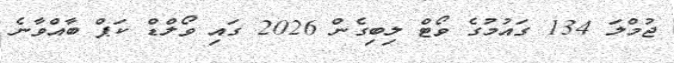
ޖުމްލަ 134 ގައުމުގެ ވޯޓް ލިބިގެން 2026 ގައި ވޯލްޑް ކަޕް ބާއްވާނެ